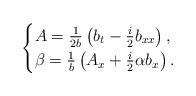
LaTeX: \begin{align*}\begin{cases}A = \frac{1}{2b} \left( b_t - \frac{i}{2}b_{xx} \right) ,\\\beta = \frac{1}{b} \left( A_x + \frac{i}{2} \alpha b_x \right).\end{cases}\end{align*}